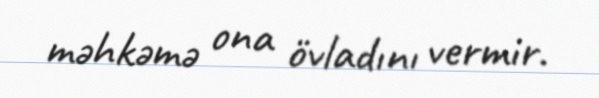
məhkəmə ona övladını vermir.